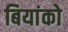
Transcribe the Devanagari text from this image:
बियांको